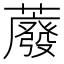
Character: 䕠